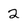
Character: 2